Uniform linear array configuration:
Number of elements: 24
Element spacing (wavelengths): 0.5
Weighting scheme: hamming
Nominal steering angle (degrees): -15
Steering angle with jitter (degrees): -16.593
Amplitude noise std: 0.05
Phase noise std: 0.05

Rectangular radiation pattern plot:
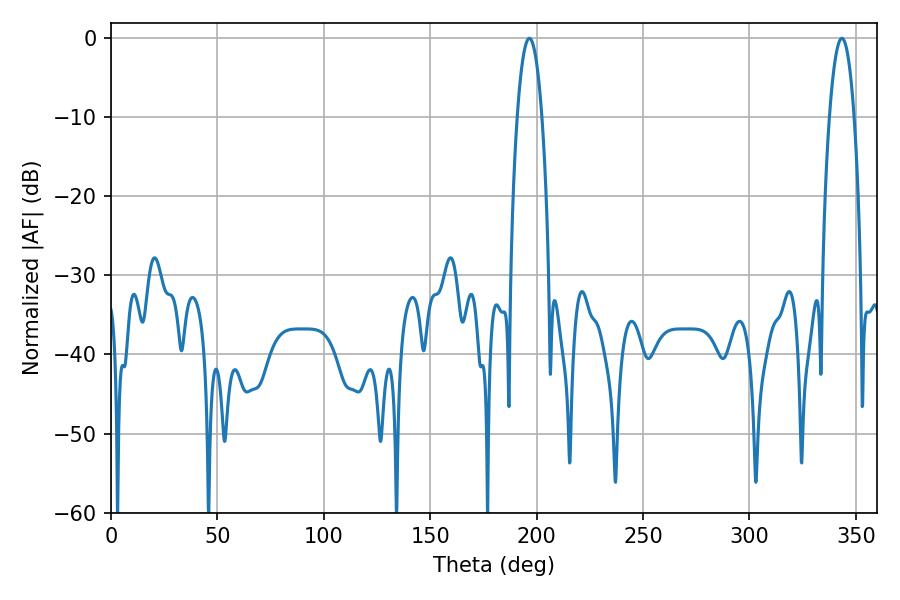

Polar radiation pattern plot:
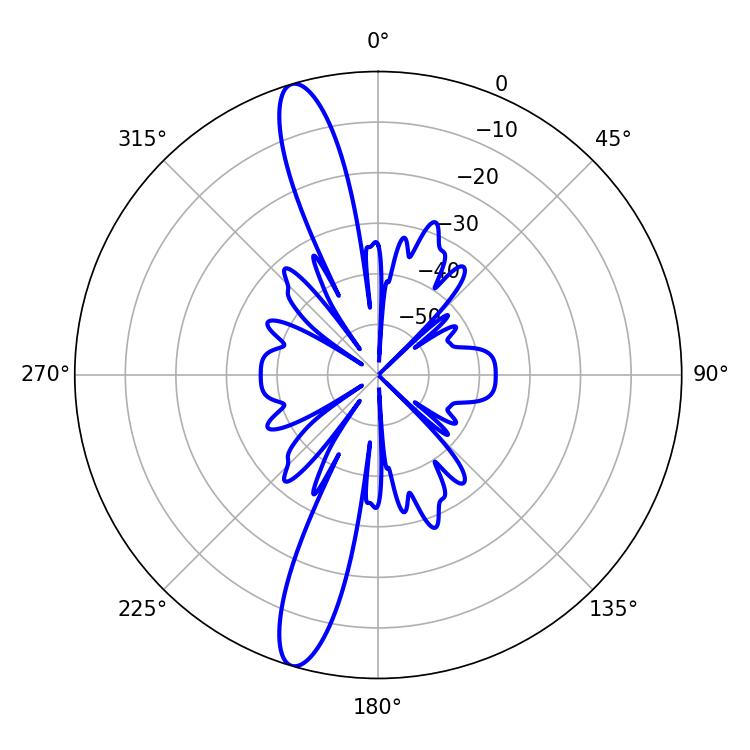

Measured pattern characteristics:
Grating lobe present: FALSE
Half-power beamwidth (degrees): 6.48
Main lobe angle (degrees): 196.56